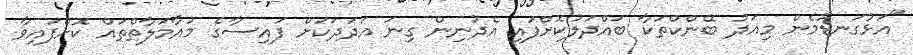
"އަޅުގަނޑުމެން މިއަދު ބޭންކްތަކާ ބައްދަލުކޮށްފައި އެދުނިން ގިނަ އަދަދަކަށް ފައިސާގެ މުއާމަލާތްތައް ކޮށްފައިވާ